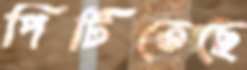
পিটিতেছে